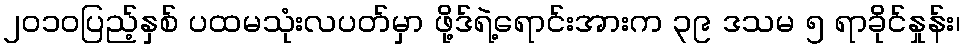
၂၀၁၀ပြည့်နှစ် ပထမသုံးလပတ်မှာ ဖို့ဒ်ရဲ့ရောင်းအားက ၃၉ ဒသမ ၅ ရာခိုင်နှုန်း၊